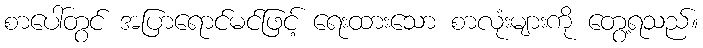
စာပေါ်တွင် အပြာရောင်မင်ဖြင့် ရေးထားသော စာလုံးများကို တွေ့ရသည်။